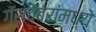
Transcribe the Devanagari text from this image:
गॅसचेंबरांमध्ये